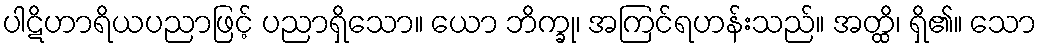
ပါဋိဟာရိယပညာဖြင့် ပညာရှိသော။ ယော ဘိက္ခု၊ အကြင်ရဟန်းသည်။ အတ္ထိ၊ ရှိ၏။ သော